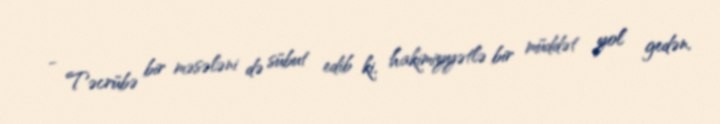
- Təcrübə bir məsələni də sübut edib ki, hakimiyyətlə bir müddət yol gedən,